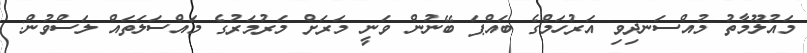
މައުލޫމާތު މުއްސަނދިވި އަރުހަމްގެ ބައްޕަ ބޭނުން ވަނީ މަރަށް މަރުމަރުގެ މައްސަލަތައް ލަސްވުން: